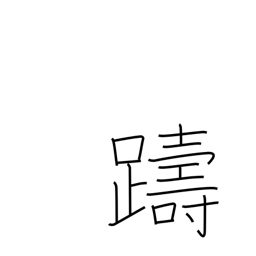
Meaning: hesitate